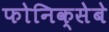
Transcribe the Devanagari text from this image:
फोनिक्सेबे